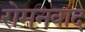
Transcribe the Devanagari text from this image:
रोमनवाद